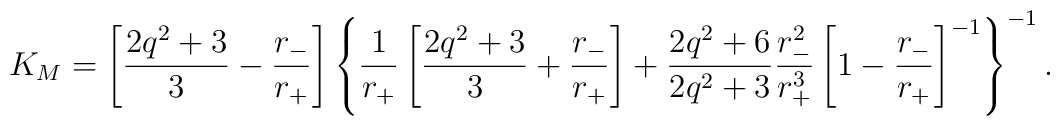
K_M =\left[\frac{2q^2+3}{3}-\frac{r_-}{r_+}\right]\left\{\frac{1}{r_+}\left[\frac{2q^2+3}{3}+\frac{r_-}{r_+}\right]+\frac{2q^2+6}{2q^2+3}\frac{r_-^2}{r_+^3}\left[1-\frac{r_-}{r_+}\right]^{-1}\right\}^{-1}.